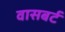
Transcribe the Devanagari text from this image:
वासबर्ट